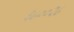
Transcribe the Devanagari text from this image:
३८००२८